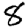
Digit: 8